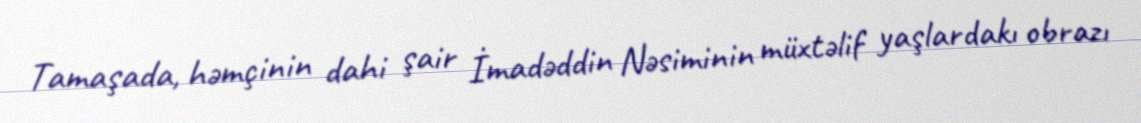
Tamaşada, həmçinin dahi şair İmadəddin Nəsiminin müxtəlif yaşlardakı obrazı